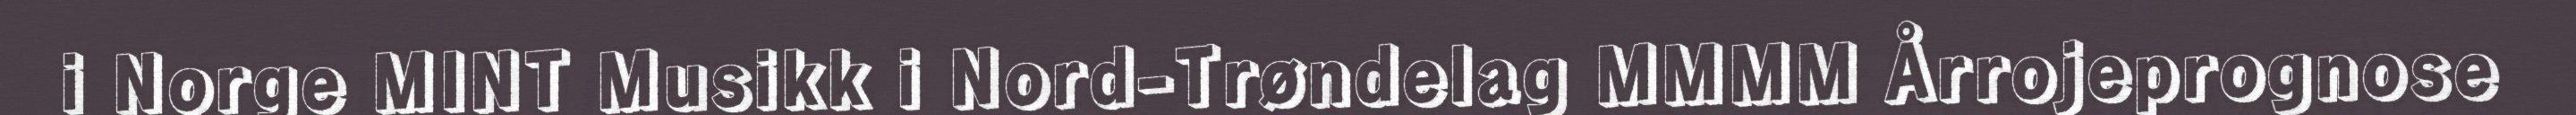
i Norge MINT Musikk i Nord-Trøndelag MMMM Årrojeprognose